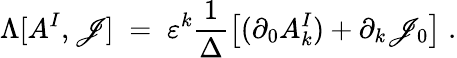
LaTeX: \Lambda[A^{I},\mathscr{J}]\; =\; \varepsilon^{k}\frac{{1}}{{\Delta}}\left[(\partial_{0}A_{k}^{I})+\partial_{k}\mathscr{J}_{0}\right]\; .